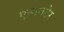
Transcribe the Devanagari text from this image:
एनानडेर